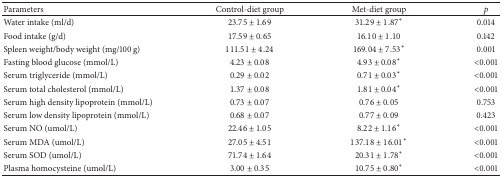
| Parameters | Control-diet group | Met-diet group | p |
 | --- | --- | --- | --- |
 | Water intake (ml/d) | 23.75 ± 1.69 | 31.29 ± 1.87∗ | 0.014 |
 | Food intake (g/d) | 17.59 ± 0.65 | 16.10 ± 1.10 | 0.142 |
 | Spleen weight/body weight (mg/100 g) | 111.51 ± 4.24 | 169.04 ± 7.53∗ | 0.001 |
 | Fasting blood glucose (mmol/L) | 4.23 ± 0.08 | 4.93 ± 0.08∗ | <0.001 |
 | Serum triglyceride (mmol/L) | 0.29 ± 0.02 | 0.71 ± 0.03∗ | <0.001 |
 | Serum total cholesterol (mmol/L) | 1.37 ± 0.08 | 1.81 ± 0.04∗ | <0.001 |
 | Serum high density lipoprotein (mmol/L) | 0.73 ± 0.07 | 0.76 ± 0.05 | 0.753 |
 | Serum low density lipoprotein (mmol/L) | 0.68 ± 0.07 | 0.77 ± 0.09 | 0.423 |
 | Serum NO (umol/L) | 22.46 ± 1.05 | 8.22 ± 1.16∗ | <0.001 |
 | Serum MDA (umol/L) | 27.05 ± 4.51 | 137.18 ± 16.01∗ | <0.001 |
 | Serum SOD (umol/L) | 71.74 ± 1.64 | 20.31 ± 1.78∗ | <0.001 |
 | Plasma homocysteine (umol/L) | 3.00 ± 0.35 | 10.75 ± 0.80∗ | <0.001 |